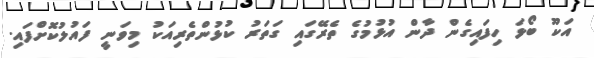
އަކޫ ބޯޅަ ހިފައިގެން ދާން އުޅުމުގެ ތެރޭގައި ގަތަރު ކުޅުންތެރިއަކު މިވަނީ ފައުލުކޮށްފައި.